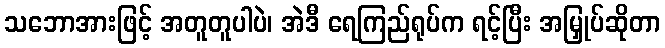
သဘောအားဖြင့် အတူတူပါပဲ၊ အဲဒီ ရေကြည်ရုပ်က ရင့်ပြီး အမြှုပ်ဆိုတာ